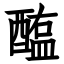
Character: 醢